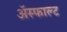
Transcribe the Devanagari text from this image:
ॲस्फाल्ट